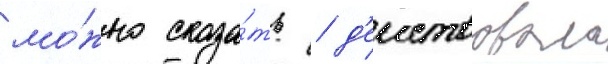
мо́жно сказа́ть / д'еиствовала